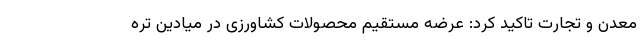
معدن و تجارت تاکید کرد:‌ عرضه مستقیم محصولات کشاورزی در میادین تره